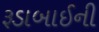
રૂડાબાઈની